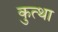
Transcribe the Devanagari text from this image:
कुत्था